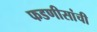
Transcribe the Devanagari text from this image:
फडणीसांची